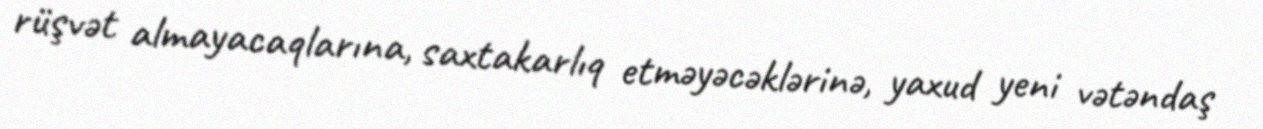
rüşvət almayacaqlarına, saxtakarlıq etməyəcəklərinə, yaxud yeni vətəndaş